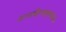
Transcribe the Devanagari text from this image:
शान्तश्चिन्तासूयादिवर्जितः